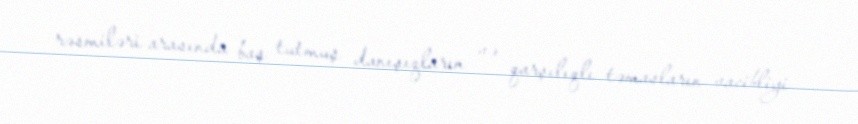
rəsmiləri arasında baş tutmuş danışıqların və qarşılıqlı təmasların vacibliyi